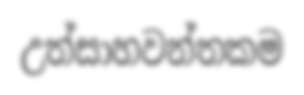
උත්සාහවන්තකම